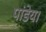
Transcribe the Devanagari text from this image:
पांडेय।